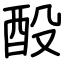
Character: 酘